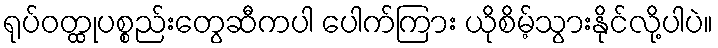
ရုပ်ဝတ္ထုပစ္စည်းတွေဆီကပါ ပေါက်ကြား ယိုစိမ့်သွားနိုင်လို့ပါပဲ။